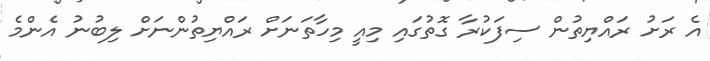
އެ ރަށު ރައްޔިތުން ސިފަކުރާ ގޮތުގައި މިއީ މިހާތަނަށް ރައްޔިތުންނަށް ލިބުނު އެންމެ